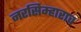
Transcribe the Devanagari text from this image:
नरसिम्हाराव